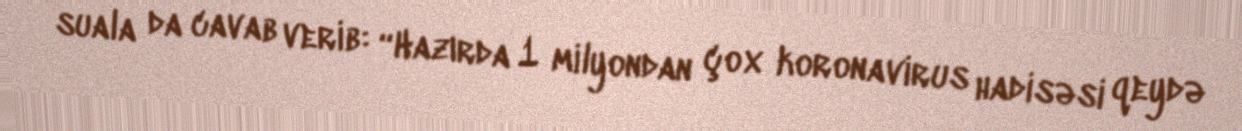
suala da cavab verib: “Hazırda 1 milyondan çox koronavirus hadisəsi qeydə